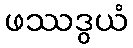
ဖဿဒွယံ